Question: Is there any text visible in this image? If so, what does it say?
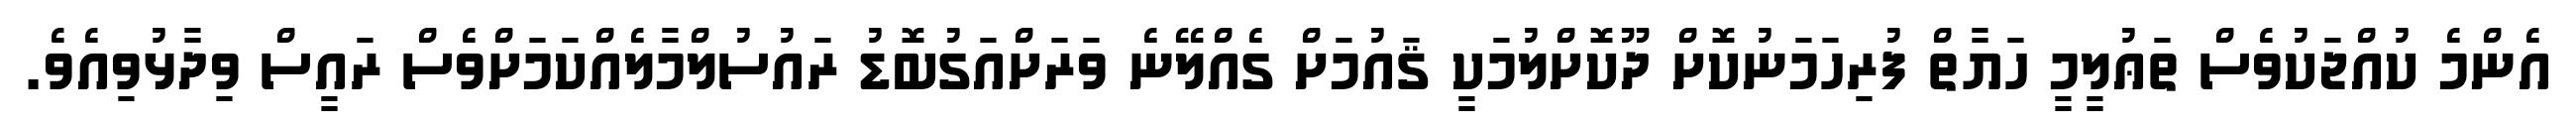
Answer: އެންމެ ކުއްޖަކުވެސް ތަޢުލީމީ ހަޔާތް ފުރިހަމަނުކޮށް ދޫކޮށްލުމަކީ ޤައުމަށް ގެއްލޭނެ ވަރަށްއަގުބޮޑު ރައުސުލްމާލެއްކަމަށްވެސް ރައީސް ވިދާޅުވިއެވެ.